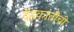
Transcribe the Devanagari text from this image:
देहकांतीची